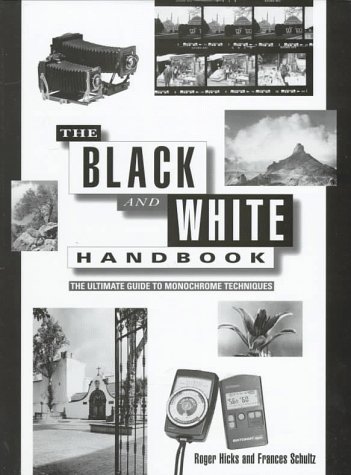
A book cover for The Black and White Handbook: The Ultimate Guide to Monochrome Techniques; Roger Hicks; Arts & Photography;